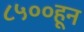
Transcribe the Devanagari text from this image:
८५००हून